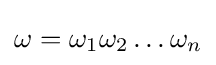
\omega =\omega _{1}\omega _{2}\dots \omega _{n}